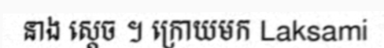
នាង ស្តេច ។ ក្រោយមក Laksami